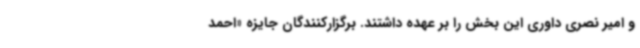
و امیر نصری داوری این بخش را بر عهده داشتند. برگزارکنندگان جایزه «احمد